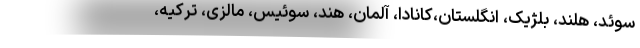
سوئد، هلند، بلژیک، انگلستان،کانادا، آلمان، هند، سوئیس، مالزی، ترکیه،